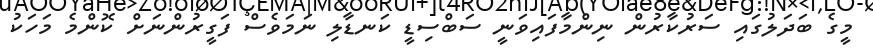
މީގެ ބަދަލުގައި ސަރުކާރުން ނިންމާފައިވަނީ ސަބްސިޑީ ކަނޑާލި ނަމަވެސް ފަގީރުންނަށް ކޮންމެ މަހަކު